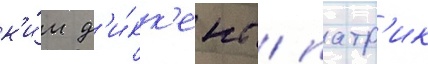
к'и́м д'и́кк'енс / патр'ик